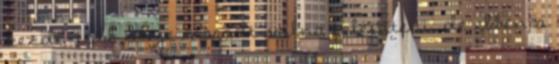
kezdi, több ideje maradt volna felépíteni, de ebben a